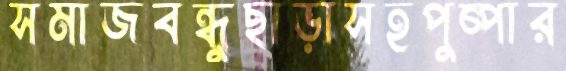
সমাজবন্ধুছাড়াসহপুষ্পার